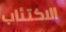
الاكتئاب